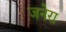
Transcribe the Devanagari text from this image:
जनेरा